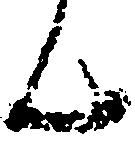
ん